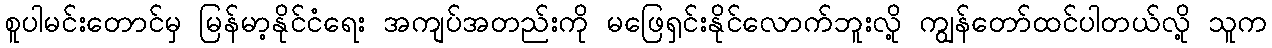
စူပါမင်းတောင်မှ မြန်မာ့နိုင်ငံရေး အကျပ်အတည်းကို မဖြေရှင်းနိုင်လောက်ဘူးလို့ ကျွန်တော်ထင်ပါတယ်လို့ သူက